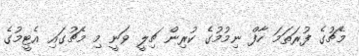
މެޗުގެ ފުރަތަމަ ހާފް ނިމުމުގެ ކުރިން ޗިލީ ވަނީ މި މެޗުގައި އެޓީމުގެ